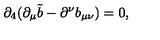
\partial _ { 4 } ( \partial _ { \mu } \tilde { b } - \partial ^ { \nu } b _ { \mu \nu } ) = 0 ,